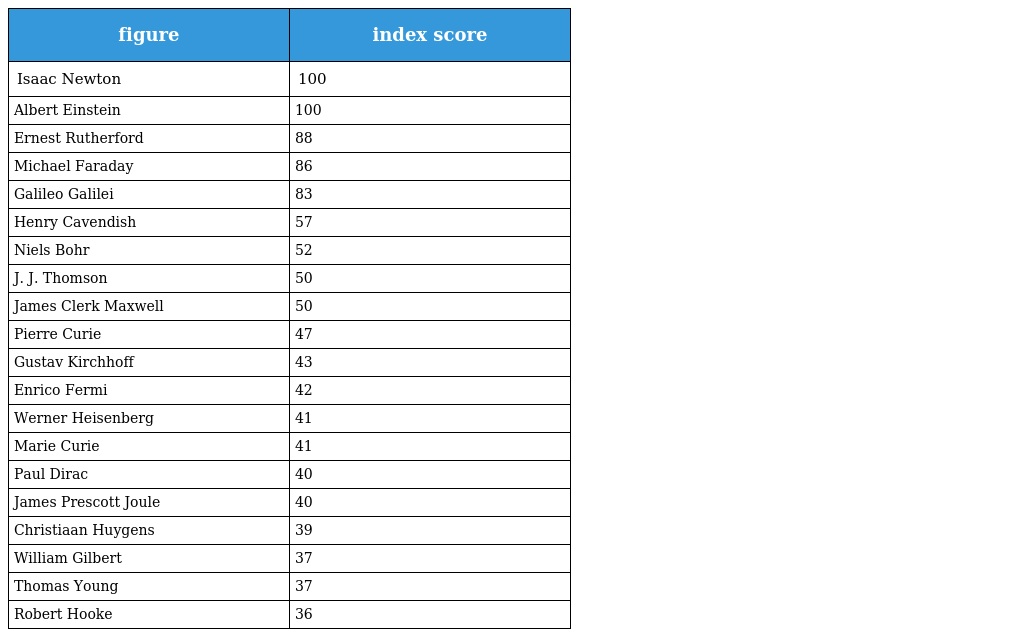
| figure | index score |
 | --- | --- |
 | Isaac Newton | 100 |
 | Albert Einstein | 100 |
 | Ernest Rutherford | 88 |
 | Michael Faraday | 86 |
 | Galileo Galilei | 83 |
 | Henry Cavendish | 57 |
 | Niels Bohr | 52 |
 | J. J. Thomson | 50 |
 | James Clerk Maxwell | 50 |
 | Pierre Curie | 47 |
 | Gustav Kirchhoff | 43 |
 | Enrico Fermi | 42 |
 | Werner Heisenberg | 41 |
 | Marie Curie | 41 |
 | Paul Dirac | 40 |
 | James Prescott Joule | 40 |
 | Christiaan Huygens | 39 |
 | William Gilbert | 37 |
 | Thomas Young | 37 |
 | Robert Hooke | 36 |